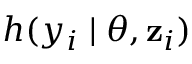
h ( y _ { i } \mid \boldsymbol { \theta } , \mathbf { z } _ { i } )